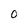
Character: O